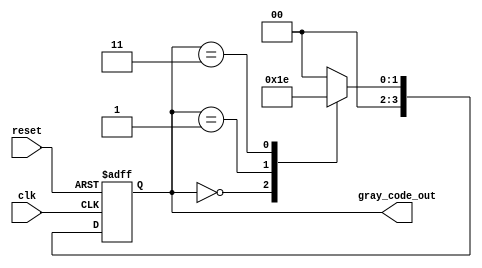
module gray_code_ring_counter(
    input wire clk,
    input wire reset,
    output reg [3:0] gray_code_out
);

reg [3:0] gray_code_reg;

always @(posedge clk or posedge reset) begin
    if (reset) begin
        gray_code_reg <= 0;
    end else begin
        case(gray_code_reg)
            0: gray_code_reg <= 1;
            1: gray_code_reg <= 3;
            2: gray_code_reg <= 0;
            3: gray_code_reg <= 2;
            default: gray_code_reg <= 0;
        endcase
    end
end

assign gray_code_out = gray_code_reg;

endmodule